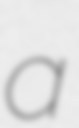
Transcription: a